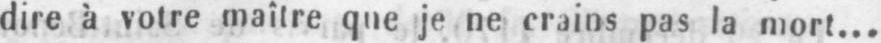
dire à votre maître que je ne crains pas la mort...